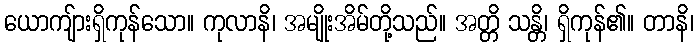
ယောကျ်ားရှိကုန်သော။ ကုလာနိ၊ အမျိုးအိမ်တို့သည်။ အတ္တိ သန္တိ၊ ရှိကုန်၏။ တာနိ၊